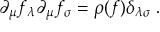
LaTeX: \partial _ { \mu } f _ { \lambda } \partial _ { \mu } f _ { \sigma } = \rho ( f ) \delta _ { \lambda \sigma } \; .